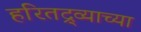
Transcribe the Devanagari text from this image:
हरितद्र्व्याच्या